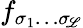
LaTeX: f_{\sigma_{1}\dots\sigma_{\scriptscriptstyle\! \mathscr{L}}}